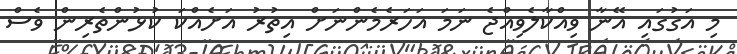
މި އަގުގައި އޭނާ ވިއްކާލެވިއްޖެ ނަމަ އަހަރެމެންނަށް އިތުރު އަށެއްކަ ކުޅުންތެރިން ވެސް